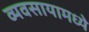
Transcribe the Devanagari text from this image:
व्यवसायामध्ये